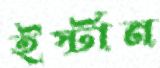
ইর্স্টান